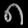
Digit: ၈